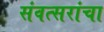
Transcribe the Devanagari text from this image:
संवत्सरांचा